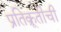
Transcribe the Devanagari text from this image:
प्रतिक्रूतीची